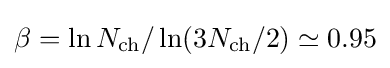
\beta =\ln N_{\text{ch}}/\ln(3N_{\text{ch}}/2)\simeq 0.95